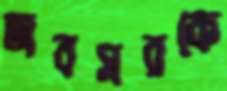
অবসরকে